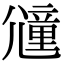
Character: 𡰕